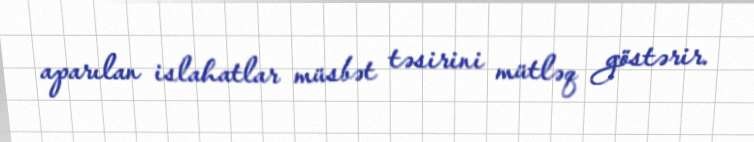
aparılan islahatlar müsbət təsirini mütləq göstərir.